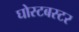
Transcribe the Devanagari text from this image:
घोस्टबस्टर